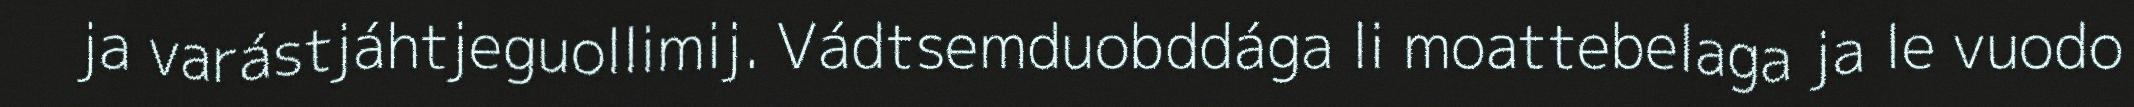
ja varástjáhtjeguollimij. Vádtsemduobddága li moattebelaga ja le vuodo